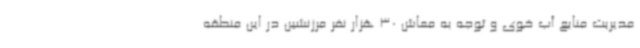
مدیریت منابع آب خوی و توجه به معاش 30 هزار نفر مرزنشین در این منطقه